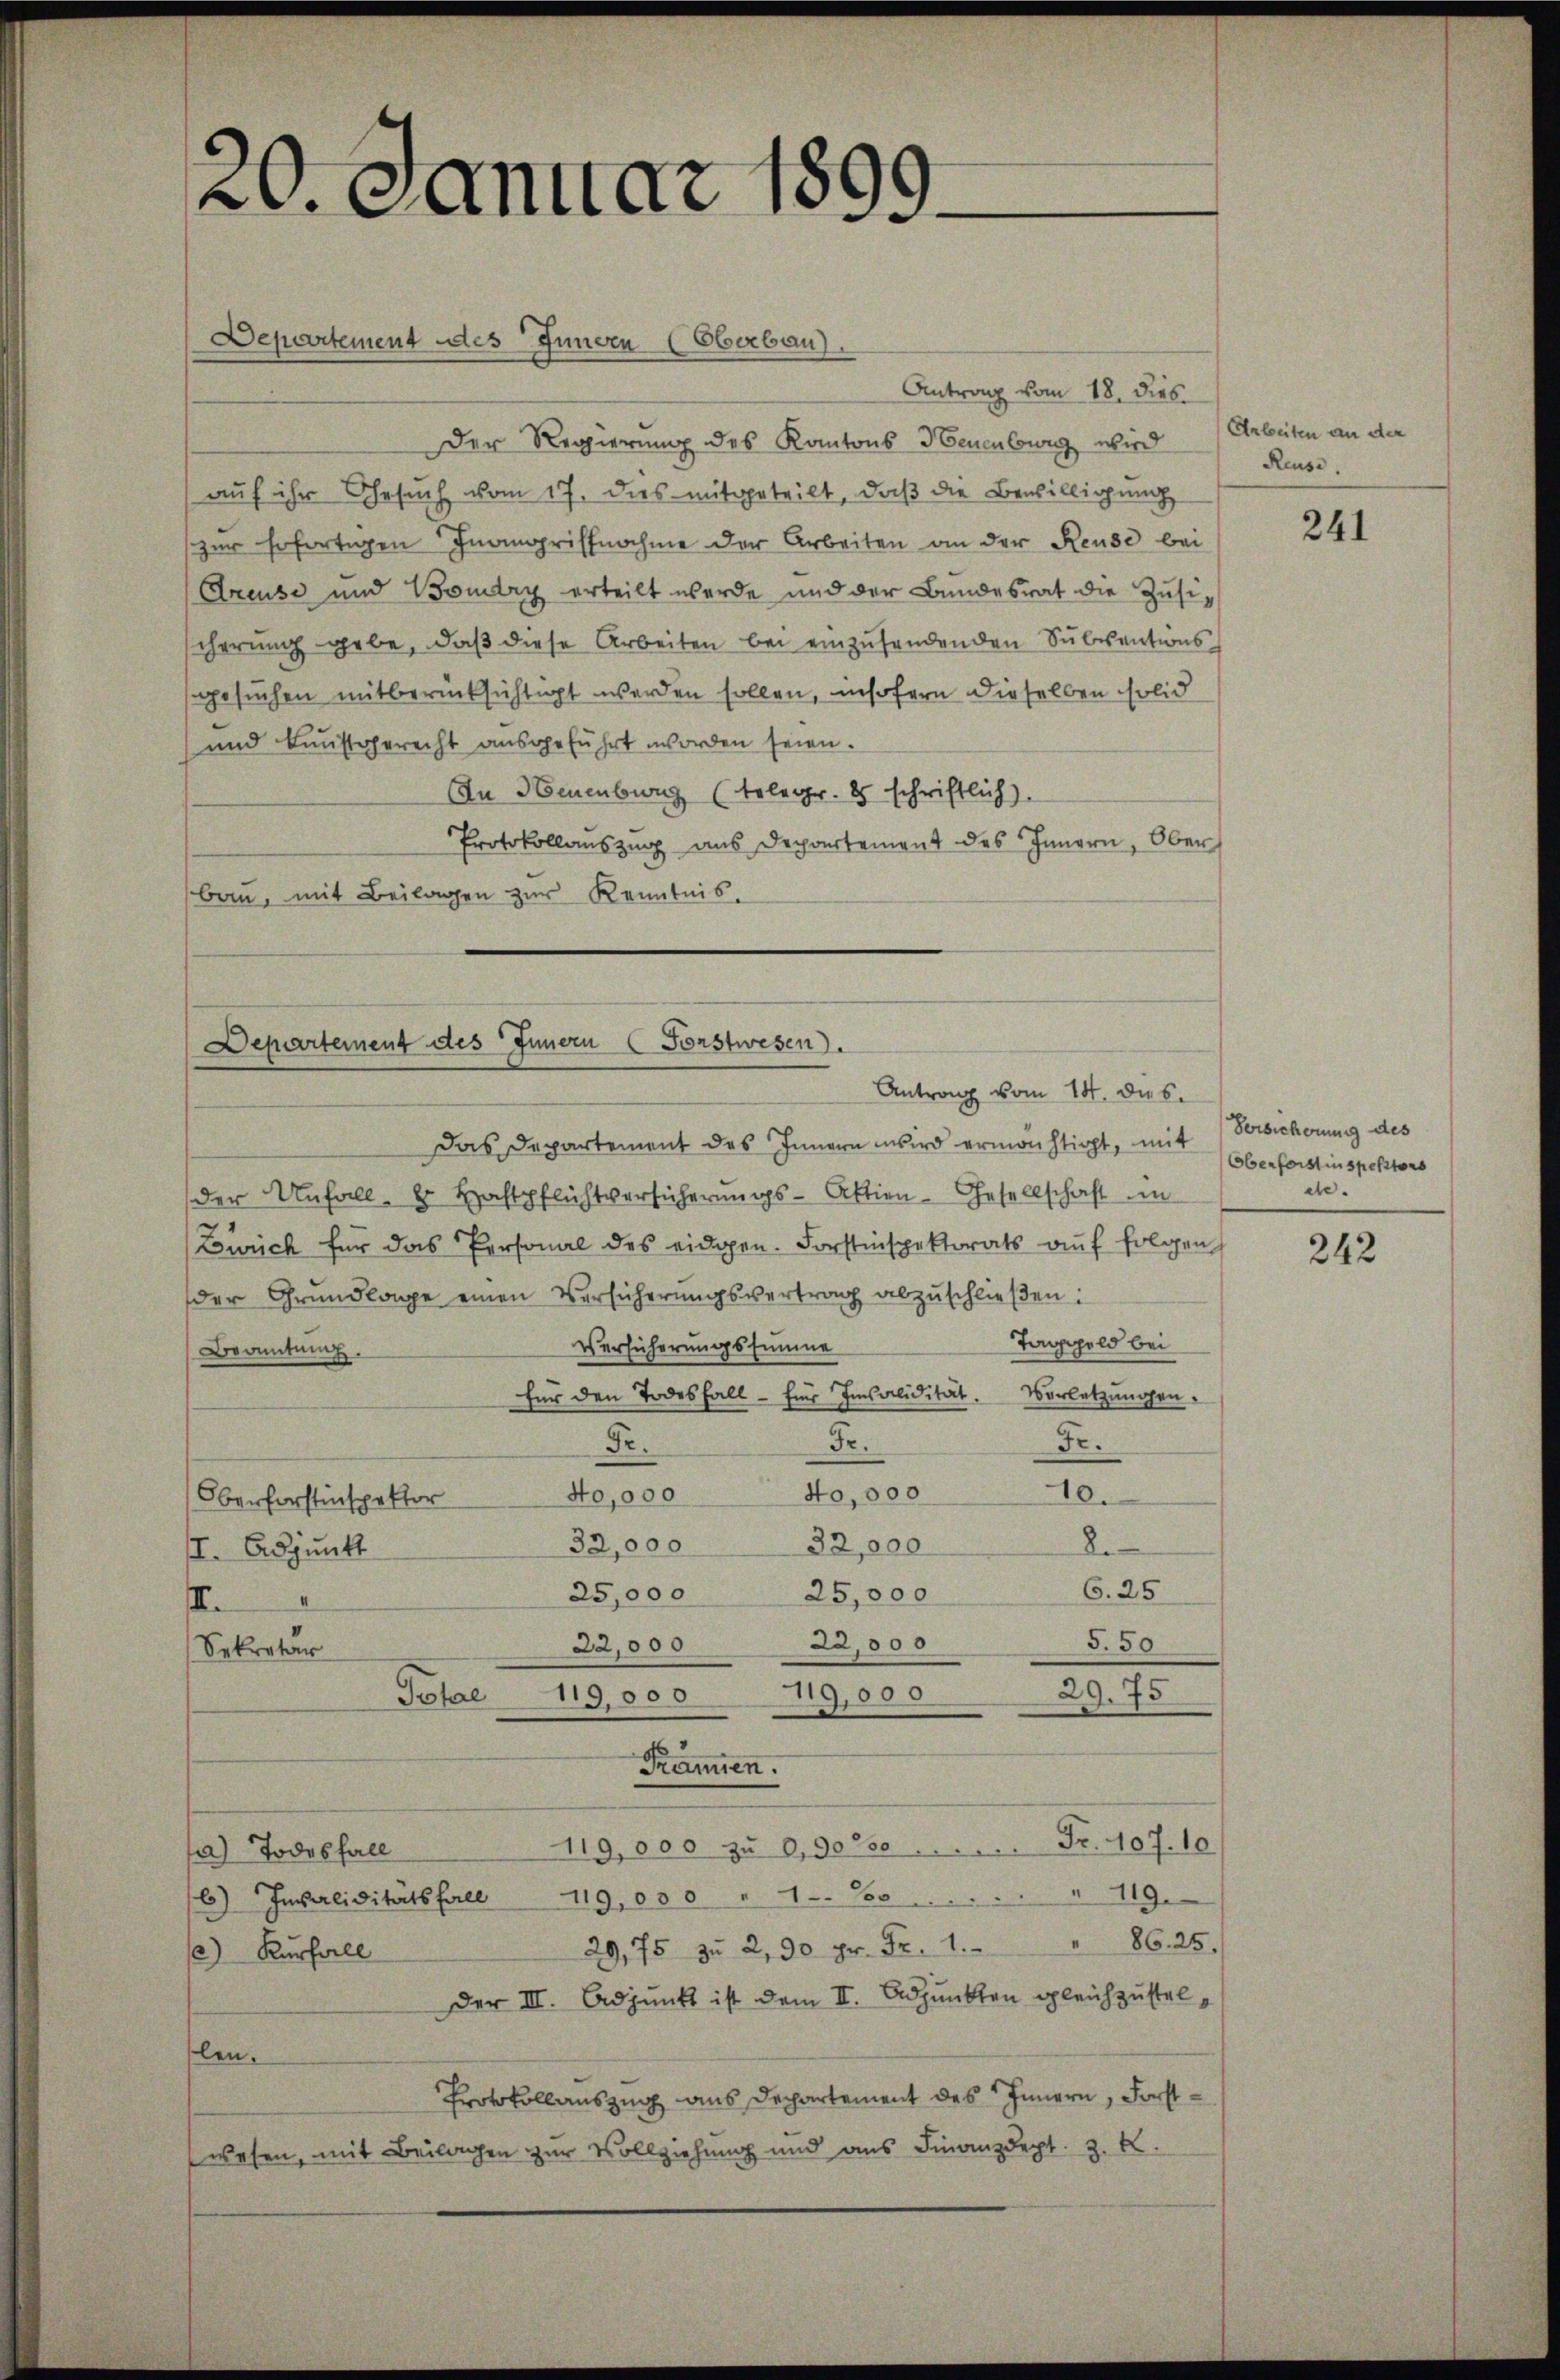
20. Januar 1899.

Antrag vom 18. dies
Der Regierung des Kantons Neuenburg wird Arbeiten an der
auf ihr Gesuch vom 17. dies mitgeteilt, daß die Bewilligung
zur sofortigen Inangriffnahme der Arbeiten an der Reuse bei
Areuse und Boudry erteilt werde und der Bundesrat die Zŭsischerung gebe, daß diese Arbeiten bei einzusendenden Subventionsgesuchen mitberücksichtigt werden sollen, insofern dieselben solid
und Kunstgerecht ausgeführt worden seien.
In Neuenburg (Telegr. 8 schriftlich).
Protokollaŭszŭg ans Departement des Innern, Ober
bau, mit Beilagen zur Kenntnis.

Departement des Innern (Oberbau).

Departement des Innern (Forstwesen.
Antrag vom 14. dies

Das Departement des Innern wird ermächtigt, mit Versicherung des
der Unfall- u. Haftpflichtversicherungs-Aktien-Gesellschaft im
Zürich für das Personal des eidgen. Forstinspektorats auf folgen
der Grundlage einen Versicherungsvertrag abzuschließen:
Taggeld bei
Versicherungssumme
Beamtung
für den Todesfall - für Insolidität. Vorletzungen.
Fr.
Fr.
Dr.
10.
40,000
40,000
Oberforstinspektor
32,000
32,000
2
II. Adjunkt
6. 25
25,000 25,000
I.
22,000
5.50
22,000
Sekretär
29.75
119,000
Total
119,000
Prämien.
119,000 zu 0,30% .. ..  ..  Fr. 107. 10.
Ja) Todesfall
6) Invaliditätsfall 119,000 " 1-2 . . . . " 119.
29,75 zu 2,90 pr. Fr. 1. " 86. 25.
) Kurfall
Der III. Adjunkt ist dem II. Adjunkten gleichzustelflen.
Protokollauszug aus Departement des Innern, Forstwesen, mit Beilagen zur Vollziehung und aus Finanzdept. 3. k.

Reuse.

241

Oberforstinspektors
de.

242